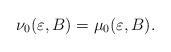
LaTeX: \begin{align*}\nu_0(\varepsilon,B)=\mu_0(\varepsilon,B). \end{align*}